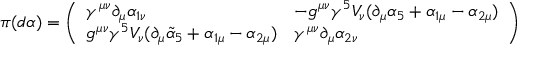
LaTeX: \pi ( d \alpha ) = \left( \begin{array} { l l } { { \gamma ^ { \mu \nu } \partial _ { \mu } \alpha _ { 1 \nu } } } & { { - g ^ { \mu \nu } \gamma ^ { 5 } V _ { \nu } ( \partial _ { \mu } \alpha _ { 5 } + \alpha _ { 1 \mu } - \alpha _ { 2 \mu } ) } } \\ { { g ^ { \mu \nu } \gamma ^ { 5 } V _ { \nu } ( \partial _ { \mu } \tilde { \alpha } _ { 5 } + \alpha _ { 1 \mu } - \alpha _ { 2 \mu } ) } } & { { \gamma ^ { \mu \nu } \partial _ { \mu } \alpha _ { 2 \nu } } } \end{array} \right)